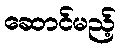
ဆောင်မည့်